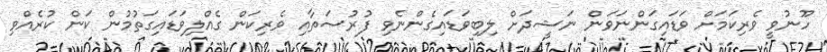
ހޫނުވީ ވެރިކަމަށް ވަޑައިގަންނަވަން ނަޝީދަށް ލިބިވަޑައިގެންނެވި ފުރުސަތާއި ވެރިކަން ގެއްލިވަޑައިގަތުމުން ކަން ކުރެއްވި